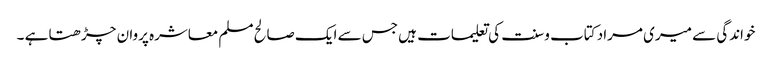
خواندگی سے میری مراد کتاب و سنت کی تعلیمات ہیں جس سے ایک صالح مسلم معاشرہ پروان چڑھتا ہے ۔